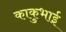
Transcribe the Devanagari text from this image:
काकुभाई